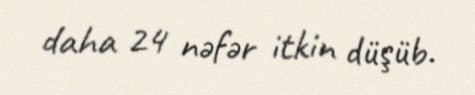
daha 24 nəfər itkin düşüb.